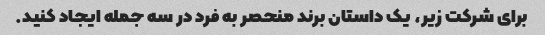
برای شرکت زیر، یک داستان برند منحصر به فرد در سه جمله ایجاد کنید.